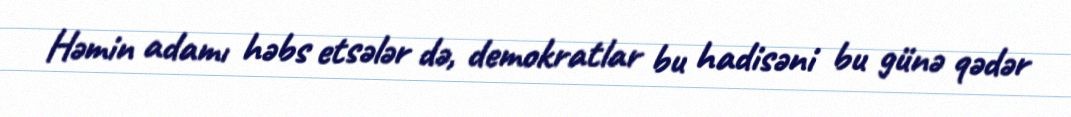
Həmin adamı həbs etsələr də, demokratlar bu hadisəni bu günə qədər